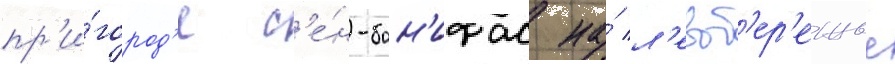
пр'и́город'е с'е́н-бон'ифас на́ л'евоб'ер'ежье